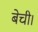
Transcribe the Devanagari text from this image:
बेची।